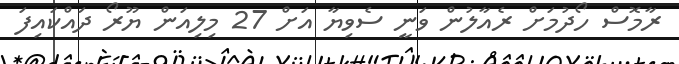
ރާމޮސް ހޯދުމަށް ރެއާލުން ވަނީ ސެވިޔާ އަށް 27 މިލިއަން ޔޫރޯ ދައްކައިފަ